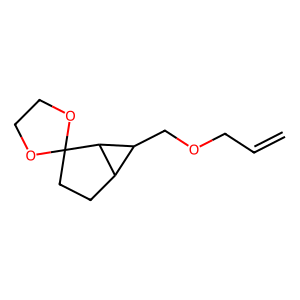
SMILES: C=CCOCC1C2CCC3(OCCO3)C21
Inhibits HIV replication: No